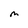
Character: M